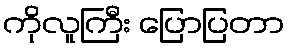
ကိုလူကြီး ပြောပြတာ